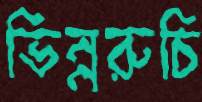
ভিন্নরুচি